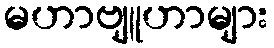
မဟာဗျူဟာများ